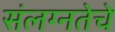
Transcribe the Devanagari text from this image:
संलग्नतेचे